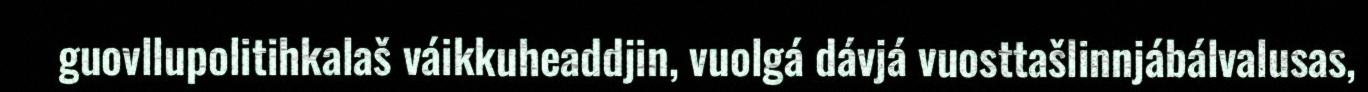
guovllupolitihkalaš váikkuheaddjin, vuolgá dávjá vuosttašlinnjábálvalusas,